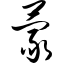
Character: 蒙